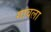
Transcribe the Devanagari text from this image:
गावला